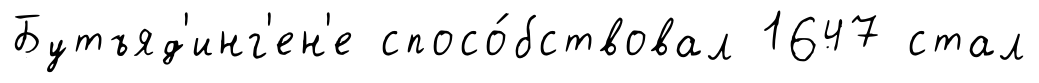
Бутъяд'инг'ен'е спосо́бствовал 1647 стал